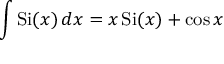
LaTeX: \int \operatorname { S i } ( x ) \, d x = x \operatorname { S i } ( x ) + \cos x